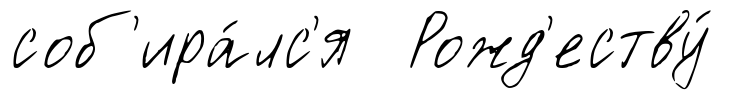
соб'ира́лс'я Рожд'еству́